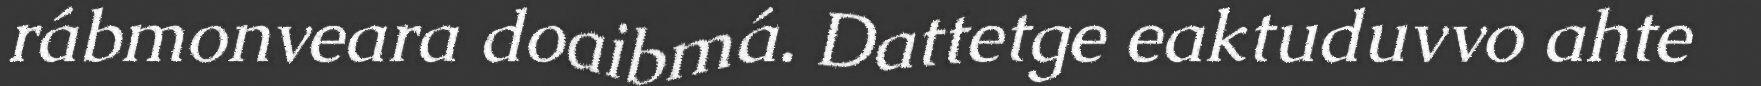
rábmonveara doaibmá. Dattetge eaktuduvvo ahte